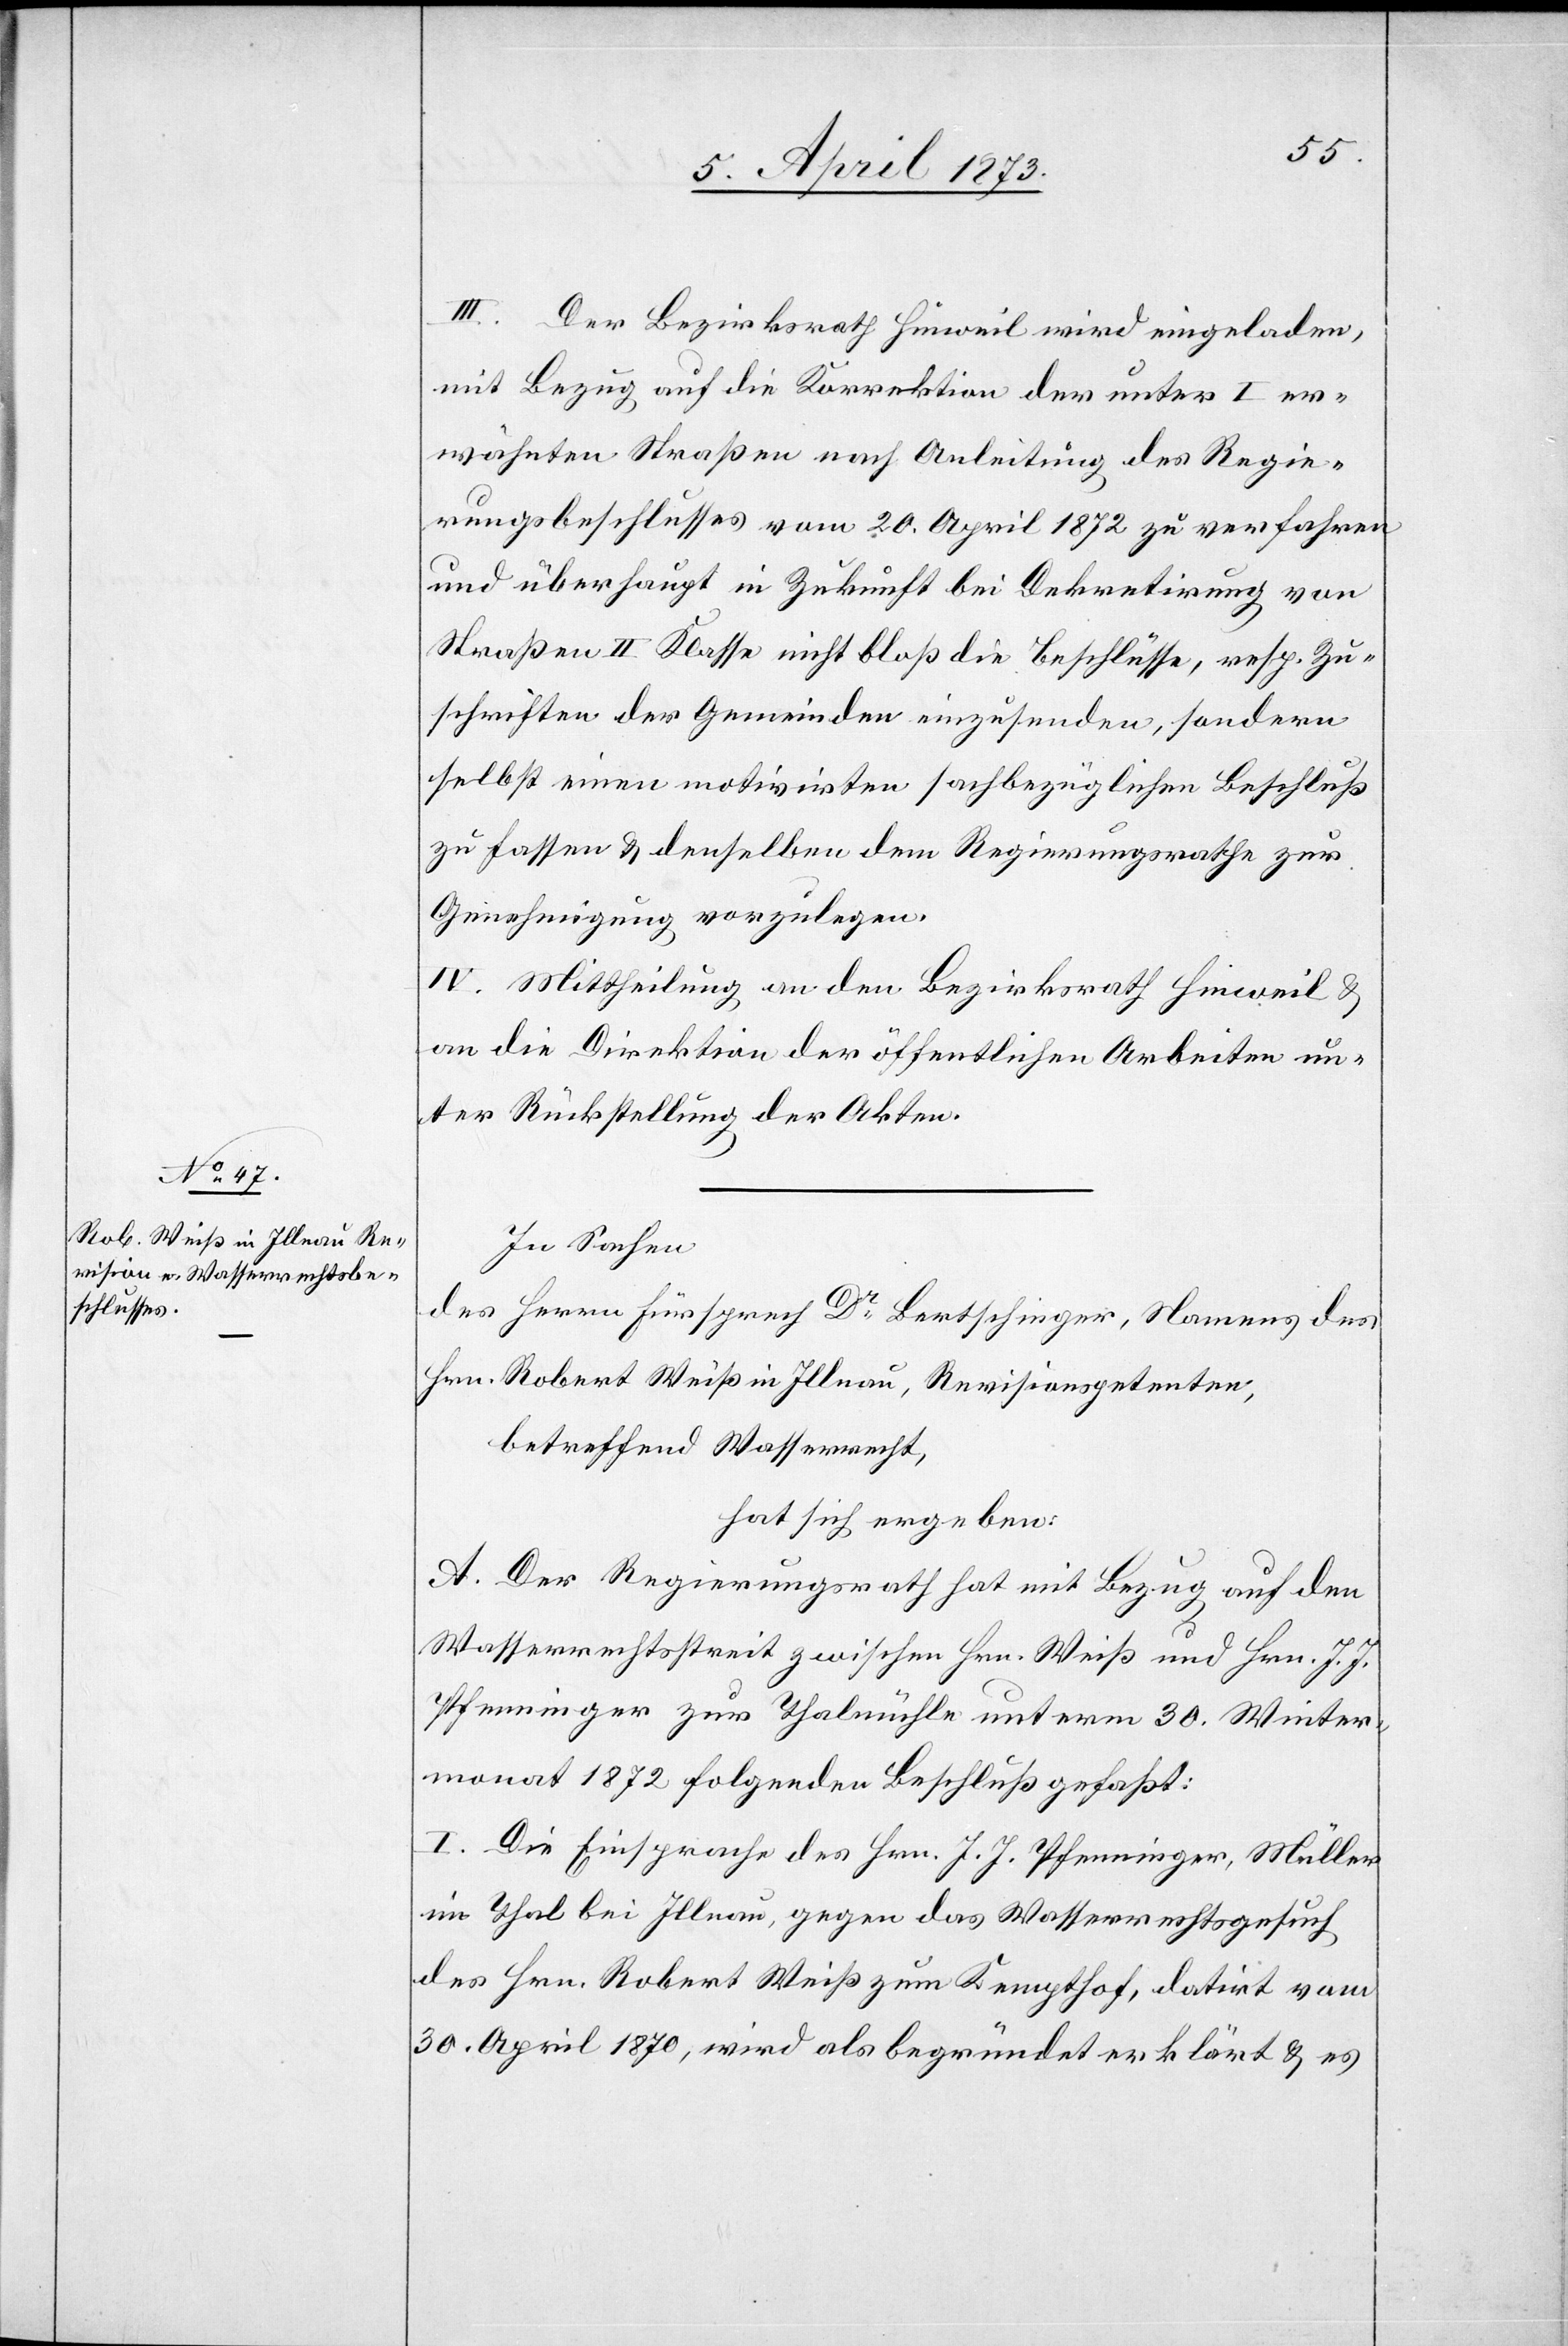
III. Der Bezirksrath Hinweil wird eingeladen,
mit Bezug auf die Korrektion der unter I er¬
wähnten Straßen nach Anleitung des Regie¬
rungsbeschlusses vom 20. April 1872 zu verfahren
und überhaupt in Zukunft bei Dekretirung von
Straßen II Klasse nicht bloß die Beschlüsse resp. Zu¬
schriften der Gemeinden einzusenden, sondern
selbst einen motivirten sachbezüglichen Beschluß
zu fassen u. denselben dem Regierungsrathe zur
Genehmigung vorzulegen.
IV. Mittheilung an den Bezirksrath Hinweil u.
an die Direktion der öffentlichen Arbeiten un¬
ter Rückstellung der Akten.
In Sachen
des Herren Fürsprech Dr Bertschinger, Namens des
Hrn. Robert Weiß in Illnau, Revisionspetenten,
betreffend Wasserrecht,
hat sich ergeben:
A. Der Regierungsrath hat mit Bezug auf den
Wasserrechtsstreit zwischen Hrn. Weiß und Hrn. J. J.
Pfenninger zur Thalmühle unterm 30. Winter¬
monat 1872 folgenden Beschluß gefaßt:
I. Die Einsprache des Hrn. J. J. Pfenninger, Müller
im Thal bei Illnau, gegen das Wasserrechtsgesuch
des Hrn. Robert Weiß zum Kempthof, datirt vom
30. April 1870, wird als begründet erklärt u. es